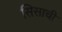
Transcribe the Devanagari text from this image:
सिसाची